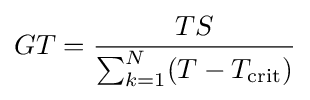
GT={\frac {TS}{\sum _{k=1}^{N}(T-T_{\text{crit}})}}